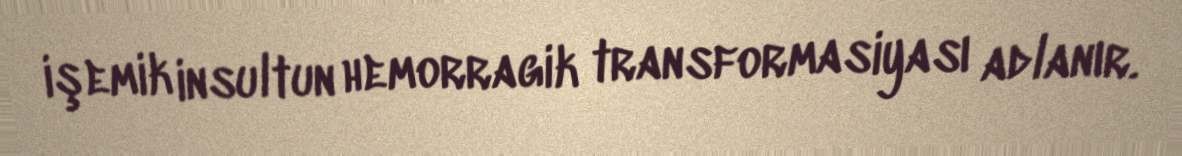
işemik insultun hemorragik transformasiyası adlanır.